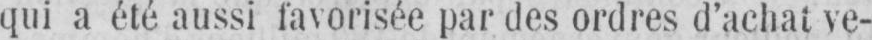
qui a été aussi favorisée par des ordres d’achat ve-